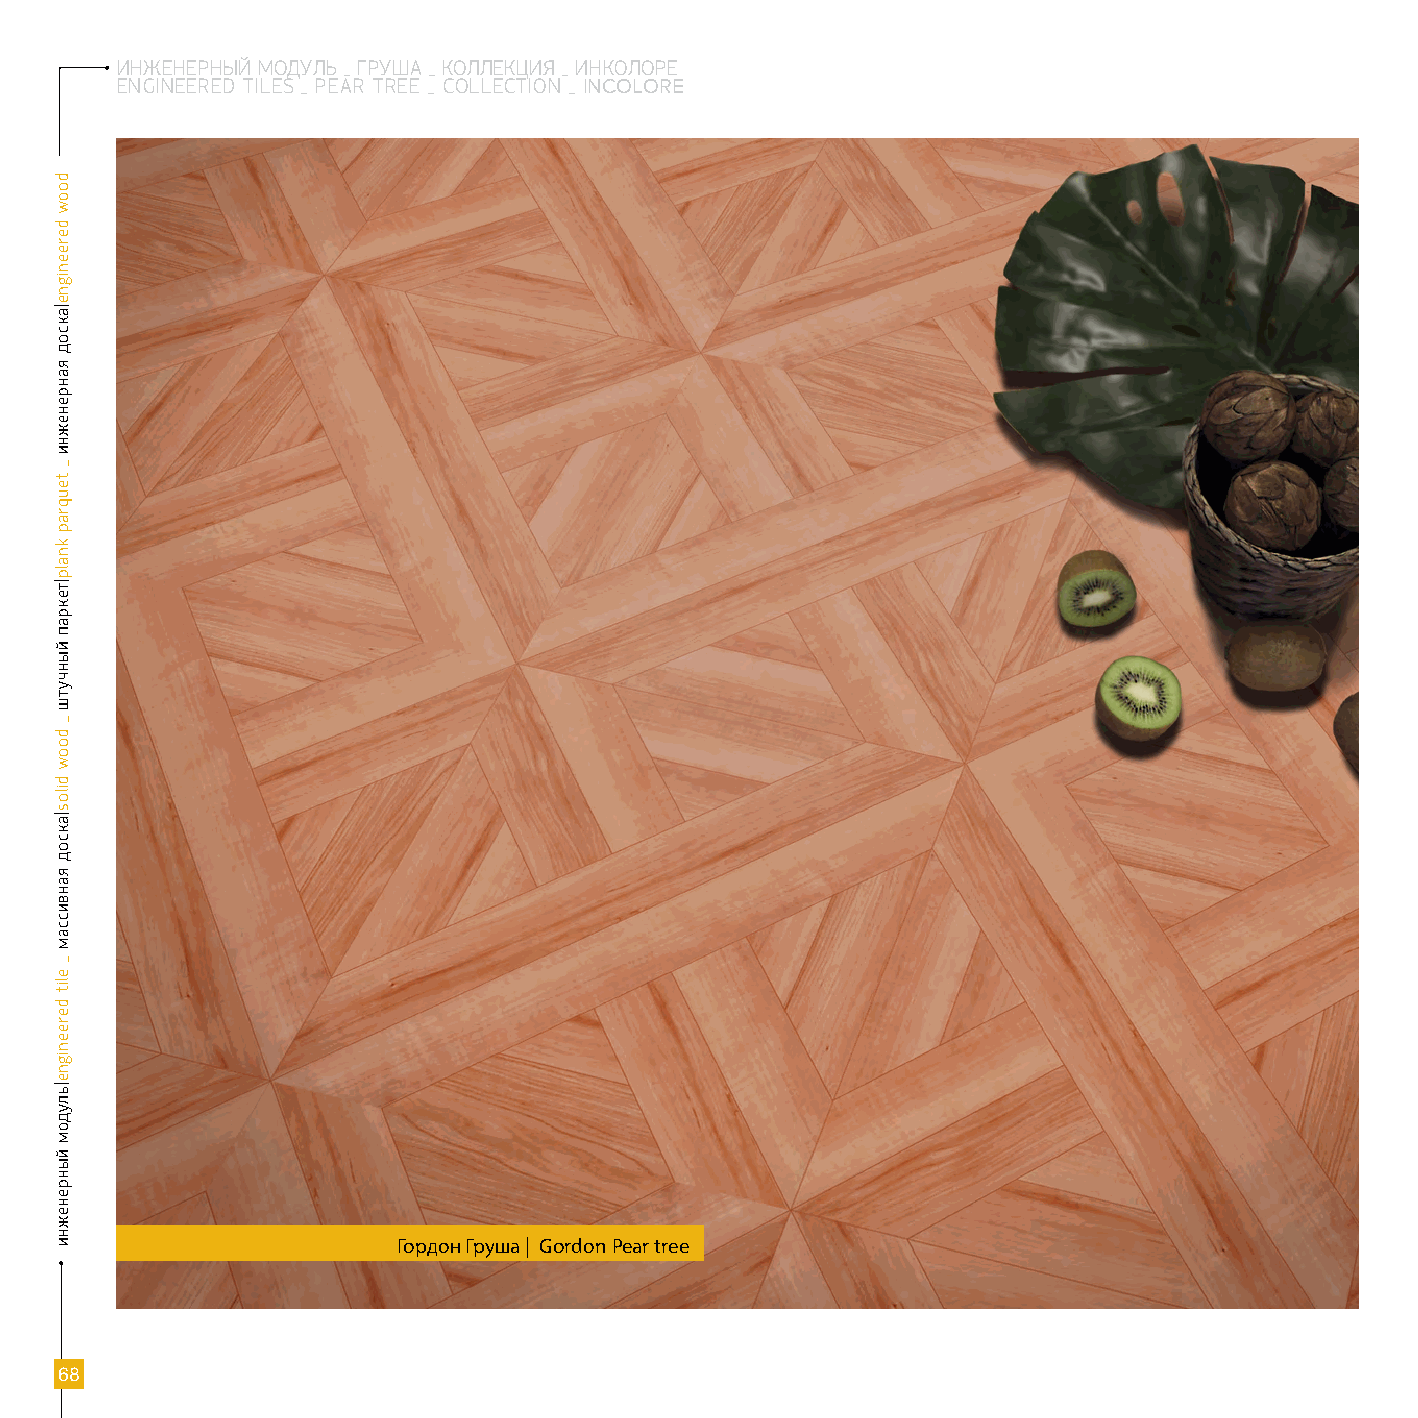
ИНЖЕНЕРНЫЙ МОДУЛЬ _ ГРУША _ КОЛЛЕКЦИЯ _ ИНКОЛОРЕ
 EnGinEERED TilE s _ PEAR TREE _ CollECTion _ INCOLORE
 Гордон Груша | Gordon pear tree
 68
 doow
 dereenigne|аксод
 яанренежни
 _
 teuqrap
 knalp|текрап
 йынчутш
 _
 doow
 dilos|аксод
 яанвиссам
 _
 elit
 dereenigne|ьлудом
 йынренежни